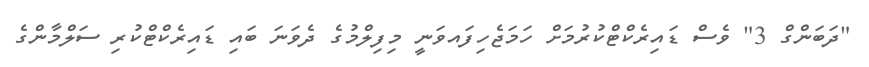
"ދަބަންގް 3" ވެސް ޑައިރެކްޓްކުރުމަށް ހަމަޖެހިފައވަނީ މިފިލްމުގެ ދެވަނަ ބައި ޑައިރެކްޓްކުރި ސަލްމާންގެ